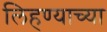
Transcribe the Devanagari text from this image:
लिहण्याच्या